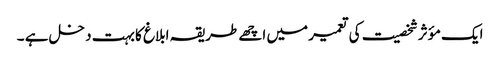
ایک مؤثر شخصیت کی تعمیر میں اچھے طریقہ ابلاغ کا بہت دخل ہے ۔